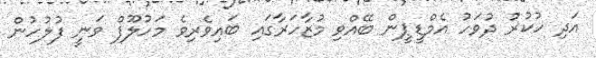
އަދި ހުކުރު ދުވަހު އެމްޑީޕީން ބޭއްވި މުޒާހަރާގައި ބައިވެރިވެ މަހުލޫފް ވަނީ ފުލުހުން